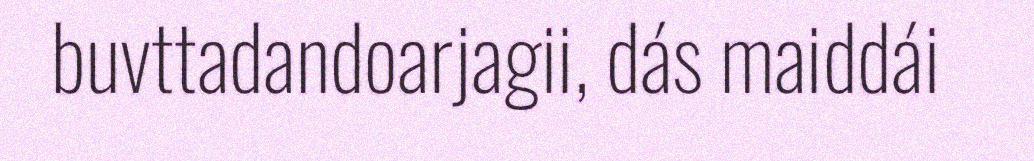
buvttadandoarjagii, dás maiddái